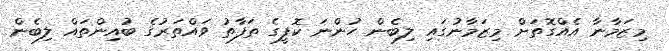
މިޒަމާނާ އެއްގޮތަށް މިޒަމާނުގައި ލިބެން ހުންނަ ކޮފީގެ ތަފާތު ވައްތަރުގެ ބުއިންތައް ލިބެން